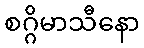
စဂ္ဂိမာသီနော